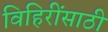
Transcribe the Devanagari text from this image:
विहिरींसाठी